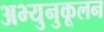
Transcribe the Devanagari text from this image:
अभ्युनुकूलन